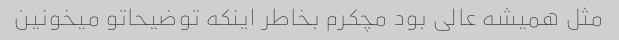
مثل همیشه عالی بود مچکرم بخاطر اینکه توضیحاتو میخونین